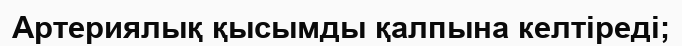
Артериялық қысымды қалпына келтіреді;